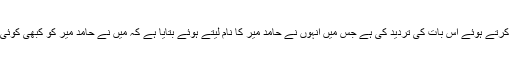
تا ہم حامد میر کے اس پیغام کے بعد ملک ریاض نے بھی وضاحتی بیان جاری کرتے ہوئے اس بات کی تردید کی ہے جس میں انہوں نے حامد میر کا نام لیتے ہوئے بتایا ہے کہ میں نے حامد میر کو کبھی کوئی پیشکش نہیں کی اور نہ ہی اس نے کبھی مجھ سے کبھی کوئی فائدہ حاصل کیا۔